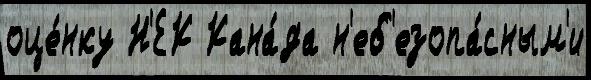
оце́нку Н'ЕК Кана́да н'еб'езопа́сным'и